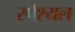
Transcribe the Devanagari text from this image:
स्पेश्यल